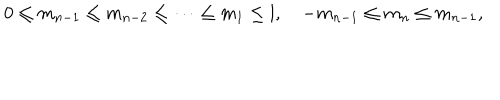
0 \leq m _ { n - 1 } \leq m _ { n - 2 } \leq \cdots \leq m _ { 1 } \leq l , \quad - m _ { n - 1 } \leq m _ { n } \leq m _ { n - 1 } ,